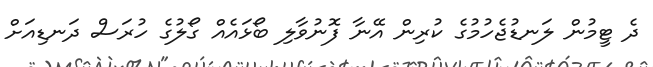
ދެ ޓީމުން ލަނޑުޖެހުމުގެ ކުރިން އޭނާ ފޮނުވާލި ބޯޅައެއް ގޯލުގެ ހުރަސް ދަނޑިއަށް